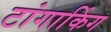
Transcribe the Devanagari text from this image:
टांगाकिंग